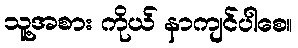
သူ့အစား ကိုယ် နာကျင်ပါစေ။